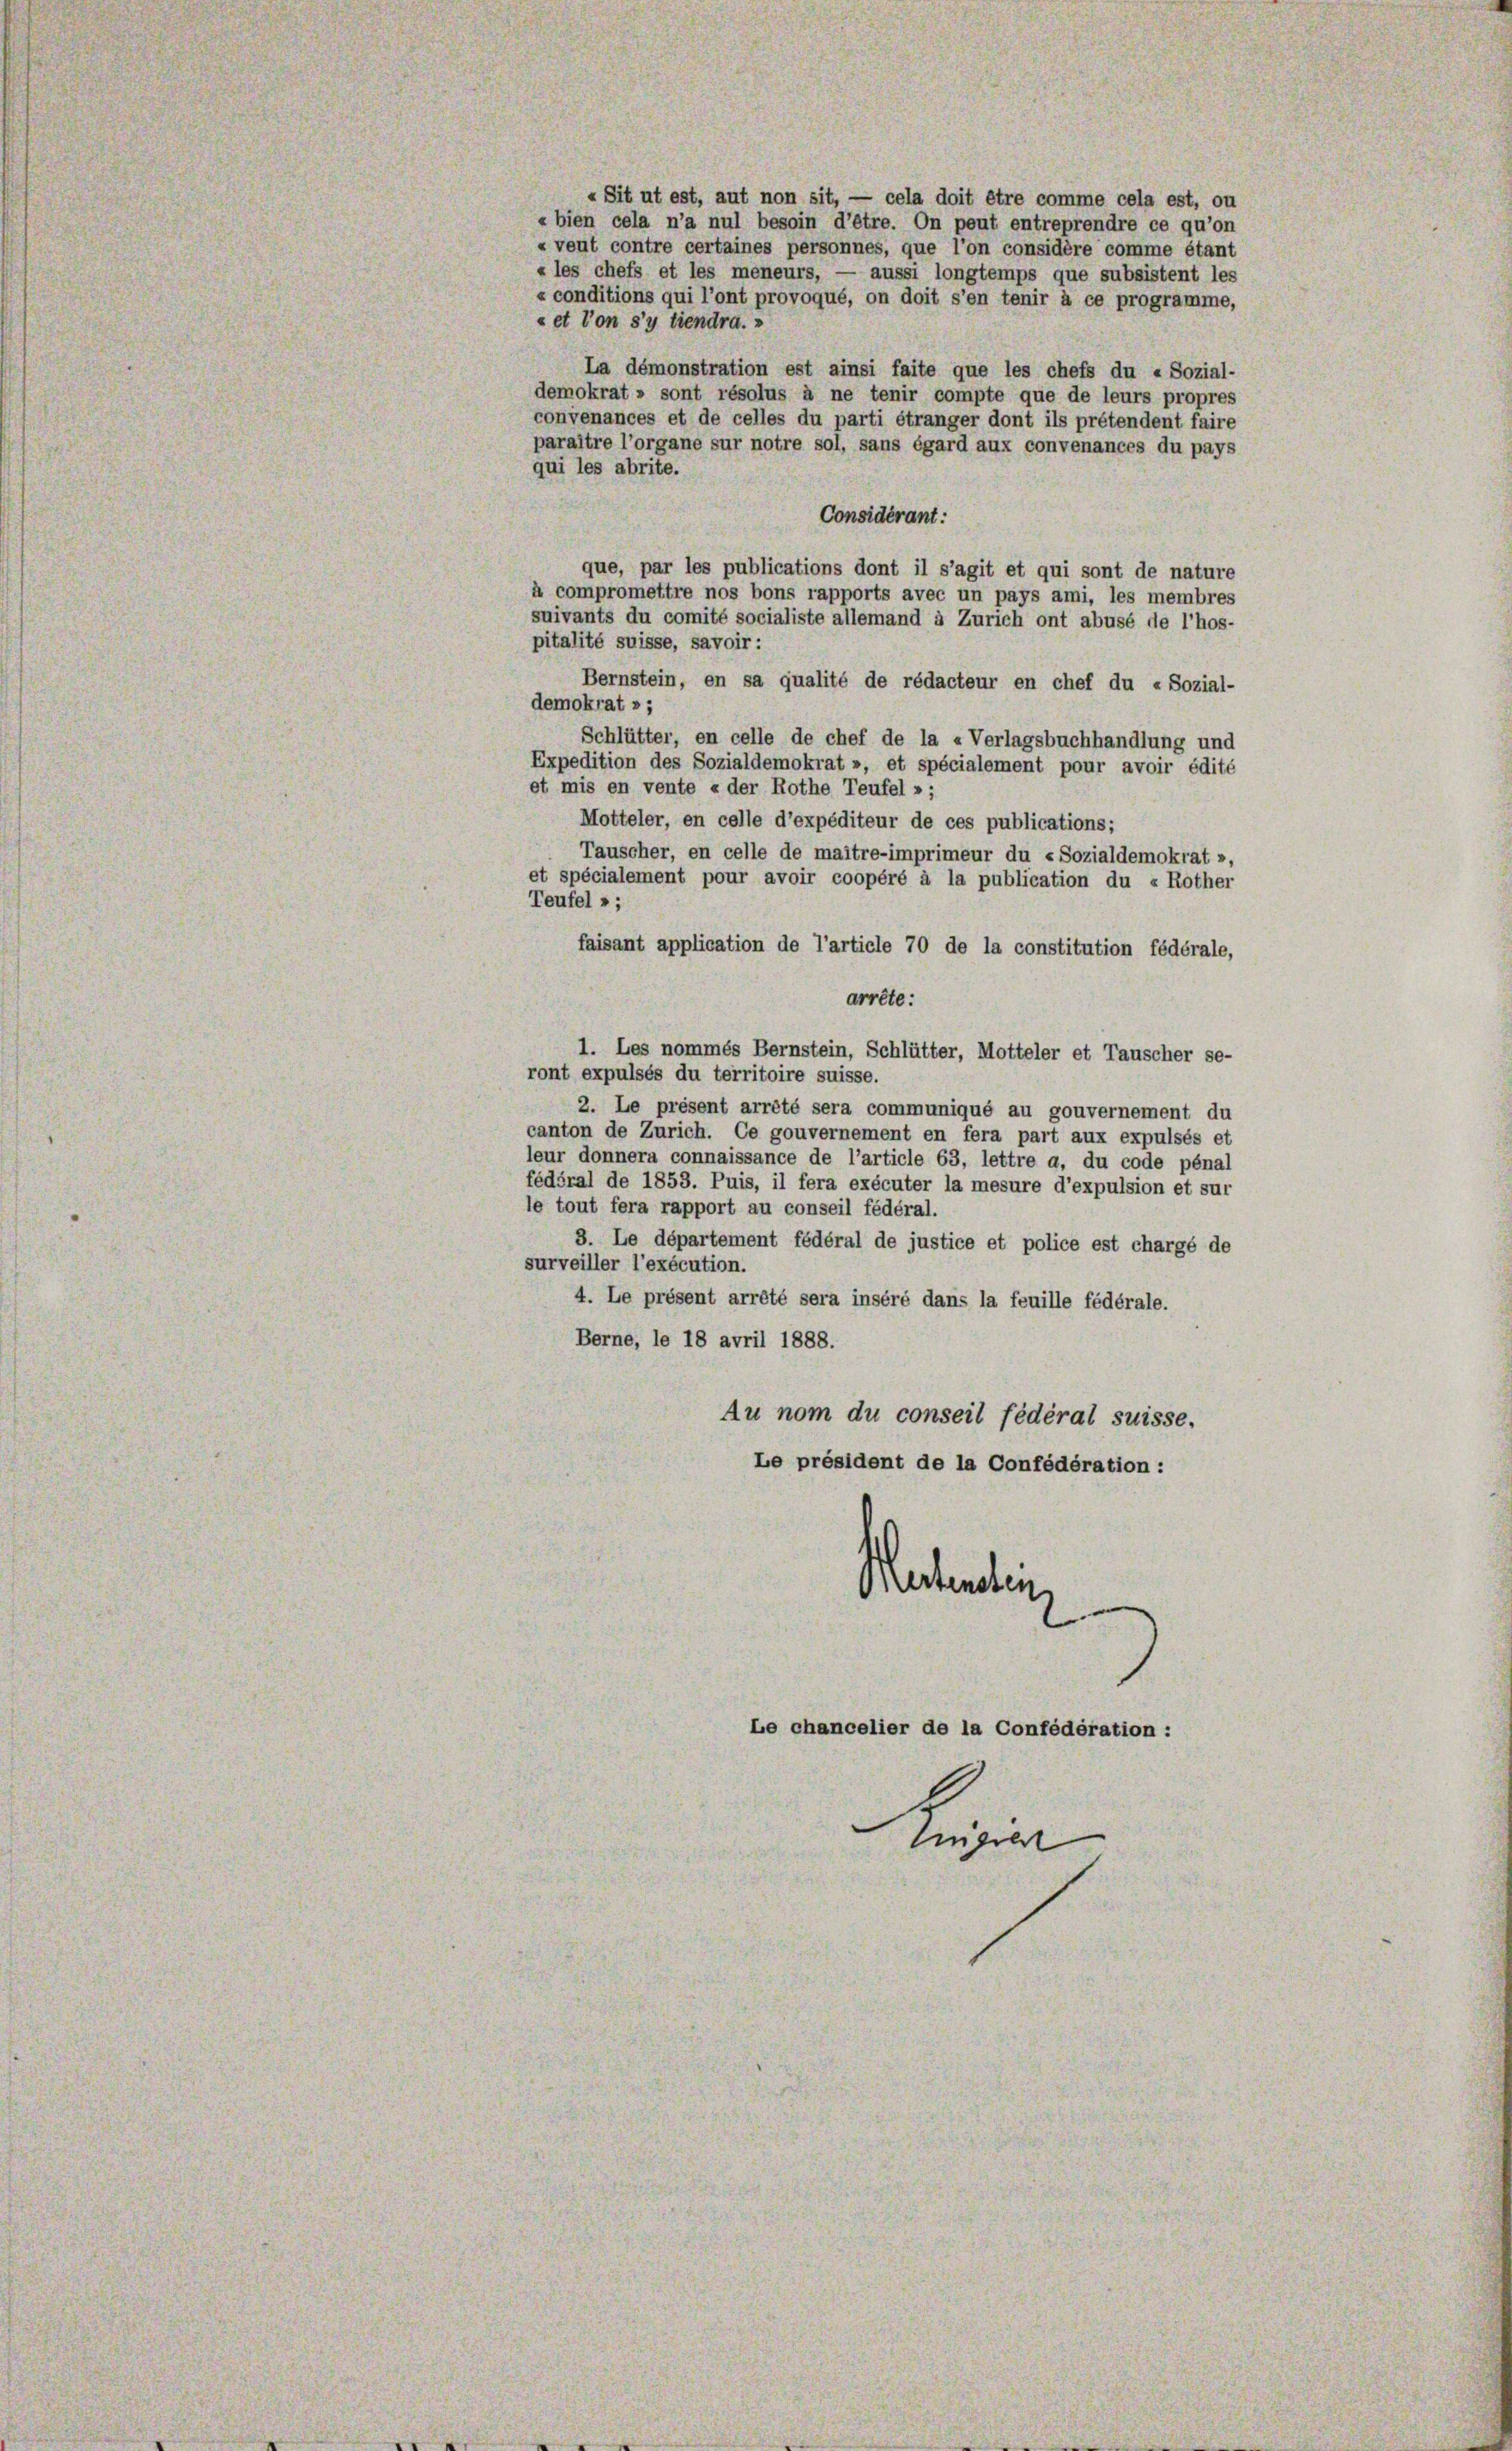
«Sit ut est, aut non sit, — cela doit être comme cela est, ou
« bien cela n’a nul besoin d’être. On peut entreprendre ce qu’on
« veut contre certaines personnes, que l’on considère comme étant
« les chefs et les meneurs, — aussi longtemps que subsistent les
« conditions qui l’ont provoqué, on doit s’en tenir à ce programme,
« et von s’y tiendra.»
La démonstration est ainsi faite que les chefs du «Sozial-
demokrat » sont résolus à ne tenir compte que de leurs propres
convenances et de celles du parti étranger dont ils prétendent faire
paraître l’organe sur notre sol, sans égard aux convenances du pays
qui les abrite.
Considérant:
que, par les publications dont il s’agit et qui sont de nature
à compromettre nos bons rapports avec un pays ami, les membres
suivants du comité socialiste allemand à Zürich ont abusé de l’hos-
pitalité suisse, savoir :
Bernstein, en sa qualité de rédacteur en chef du « Sozial-
demokrat»;
Schlütter, en celle de chef de la «Verlagsbuchhandlung und
Expedition des Sozialdemokrat », et spécialement pour avoir édité
et mis en vente « der Rothe Teufel »;
Motteler, en celle d’expéditeur de ces publications;
Tauscher, en celle de maître-imprimeur du «Sozialdemokrat »,
et spécialement pour avoir coopéré à la publication du « Rother
Teufel »;
faisant application de l’article 70 de la constitution fédérale,
arrête:
1. Les nommés Bernstein, Schlütter, Motteler et Tauscher se-
ront expulsés du territoire suisse.
2. Le présent arrêté sera communiqué au gouvernement du
canton de Zürich. Ce gouvernement en fera part aux expulsés et
leur donnera connaissance de l’article 63, lettre a, du code pénal
fédéral de 1853. Puis, il fera exécuter la mesure d’expulsion et sur
le tout fera rapport au conseil fédéral.
3. Le département fédéral de justice et police est chargé de
surveiller l’exécution.
4. Le présent arrété sera inséré dans la feuille fédérale.
Berne, le 18 avril 1888.
Au nom du conseil fédéral suisse.
Le président de la Confédération:
Mertenstein
Le chancelier de la Confédération :
gt